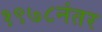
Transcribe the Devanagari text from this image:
१९७८नंतर